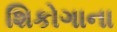
શિકોગાના